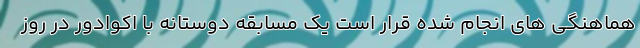
هماهنگی های انجام شده قرار است یک مسابقه دوستانه با اکوادور در روز